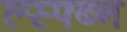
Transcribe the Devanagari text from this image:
ल्स्फ्ब्न